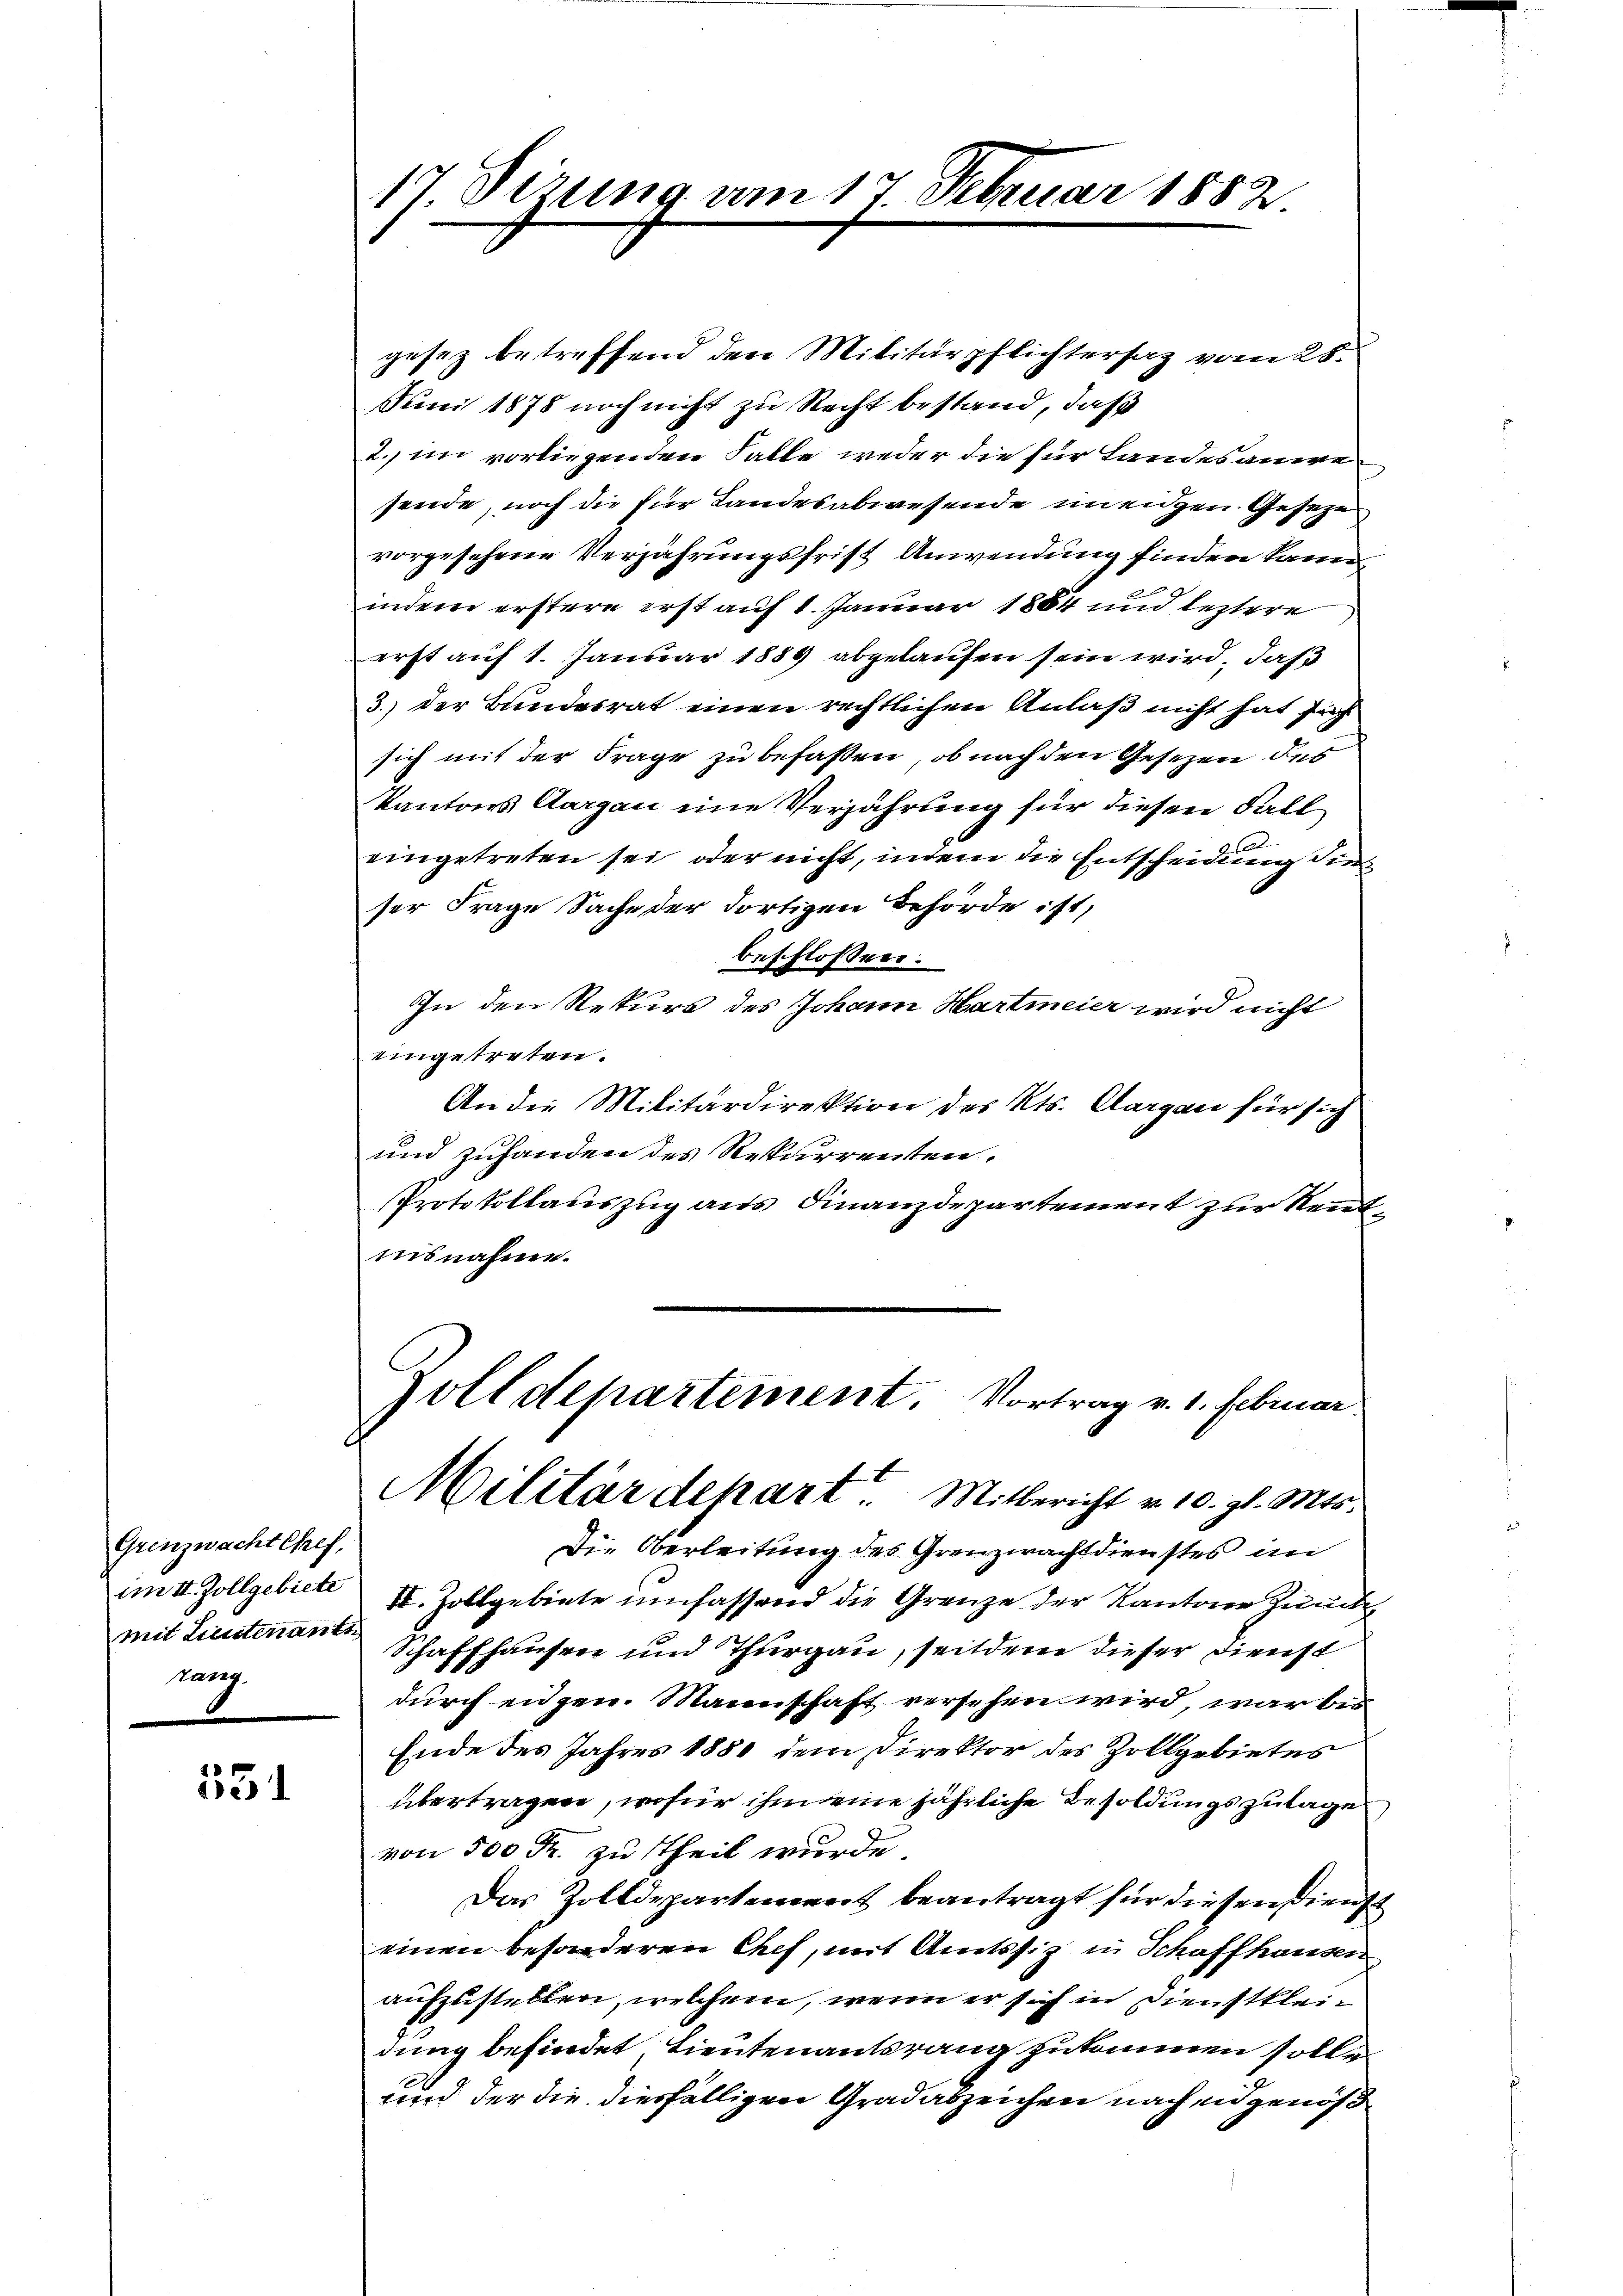
Grenzwacht Chef,
mit Listenante
rang.

531

17. Sizung am 17. Februar 1882

gesez betreffend den Militärpflichtersaz vom 25.
Juni 1878 noch nicht zu Recht bestand, daß
2. im vorliegenden Falle weder die für Landesanwesende, noch die für Landesabwesende uneigen Gesetze
vorgesehene Verjährungsfrist Anwendung finden kann
indem erstere erst auf 1. Januar 1884 und leztere
erst auf 1. Januar 1889 abgelaufen sein wird, daß
3.) der Bundesrat einen rechtlichen Anlaß nicht hat sich
sich mit der Frage zu befaßen, ob nach den Gesezen des
Kantons Aargau eine Verjährung für diesen Fall
eingetreten sei, oder nicht, indem die Entscheidung die
ser Frage Sache der dortigen Behörde ist,
beschlossen:
In den Rekurs des Johann Hartmeier wird nicht
eingetreten.
An die Militärdirektion des Kts. Aargau für sich
und zuhanden des Rekurrenten.
Protokollauszug aus Finanzdepartement zur Neutnisnahme.
Zolldepartement. Vortrag v. 1. Februar.
Militärdepart. Mitbericht v. 10. gl. Mts.
Die Oberleitung des Grenzwachtdienstes im
im II. Zollgebiete II. Zollgebiete umfassend die Grenze der Kantone Zuncte
Schaffhausen und Thurgau, seitdem dieser Dienst
durch eidgen. Mannschaft versehen wird, war bes
Ende des Jahres 1881 dem Direktor des Zollgebietes
übertragen, wofür ihm eine jährliche Besoldungszulage
von 500 Fr. zu Theil wurde,
Das Zolldepartement beantragt für diesen Dienst
einen besonderen Chef, mit Amtssiz in Schaffhausen
aufzustellen, welchem, wenn er sich in Dienstkleidung befindet, Lieutenantsrang zukommen solle.
und der die diesfälligen Gradabzeichen nach eidgenöß